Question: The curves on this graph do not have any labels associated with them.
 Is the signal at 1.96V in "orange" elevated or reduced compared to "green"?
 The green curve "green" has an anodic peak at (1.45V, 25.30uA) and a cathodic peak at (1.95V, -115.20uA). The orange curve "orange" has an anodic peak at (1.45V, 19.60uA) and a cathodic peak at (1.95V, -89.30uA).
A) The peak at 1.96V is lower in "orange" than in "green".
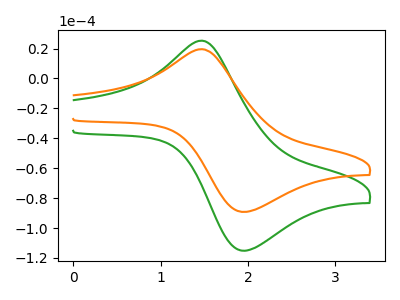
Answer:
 <answer>A) The peak at 1.96V is lower in "orange" than in "green".</answer>
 <eval>A</eval>